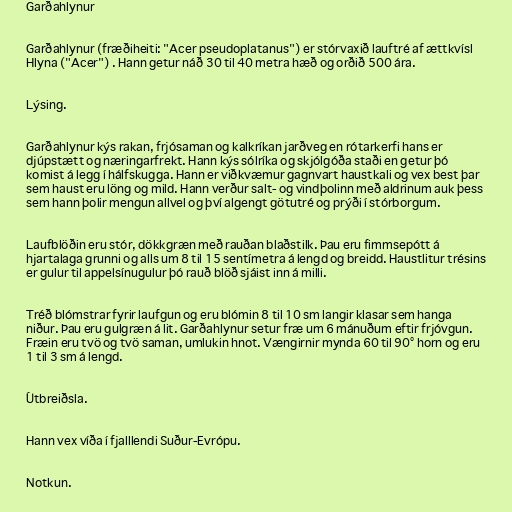
Garðahlynur

Garðahlynur (fræðiheiti: "Acer pseudoplatanus") er stórvaxið lauftré af ættkvísl
Hlyna ("Acer") . Hann getur náð 30 til 40 metra hæð og orðið 500 ára.

Lýsing.

Garðahlynur kýs rakan, frjósaman og kalkríkan jarðveg en rótarkerfi hans er
djúpstætt og næringarfrekt. Hann kýs sólríka og skjólgóða staði en getur þó
komist á legg í hálfskugga. Hann er viðkvæmur gagnvart haustkali og vex best þar
sem haust eru löng og mild. Hann verður salt- og vindþolinn með aldrinum auk þess
sem hann þolir mengun allvel og því algengt götutré og prýði í stórborgum.

Laufblöðin eru stór, dökkgræn með rauðan blaðstilk. Þau eru fimmsepótt á
hjartalaga grunni og alls um 8 til 15 sentímetra á lengd og breidd. Haustlitur trésins
er gulur til appelsínugulur þó rauð blöð sjáist inn á milli.

Tréð blómstrar fyrir laufgun og eru blómin 8 til 10 sm langir klasar sem hanga
niður. Þau eru gulgræn á lit. Garðahlynur setur fræ um 6 mánuðum eftir frjóvgun.
Fræin eru tvö og tvö saman, umlukin hnot. Vængirnir mynda 60 til 90° horn og eru
1 til 3 sm á lengd.

Útbreiðsla.

Hann vex víða í fjalllendi Suður-Evrópu.

Notkun.